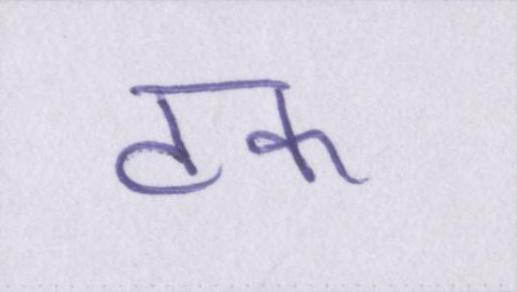
टक